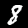
Digit: 8